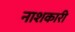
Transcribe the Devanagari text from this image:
नाशकारी